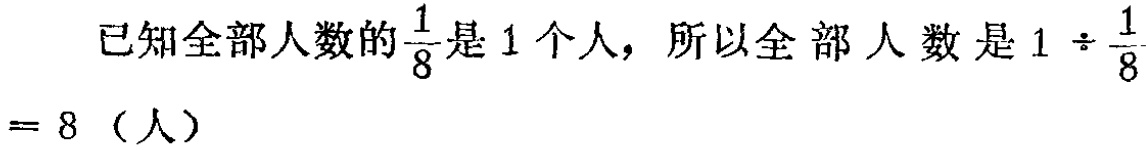
已知全部人数的$\frac{1}{8}$是$1$个人，所以全部人数是$1 \div \frac{1}{8}= 8$（人）